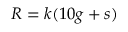
R = k ( 1 0 g + s )